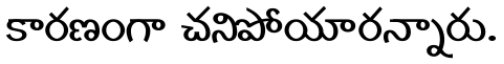
కారణంగా చనిపోయారన్నారు.